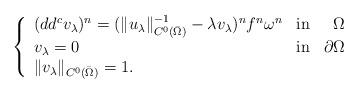
LaTeX: \begin{align*} \left\lbrace \begin{array}{lcr} (dd^c v_\lambda)^n=(\Vert u_{\lambda}\Vert_{C^0(\bar \Omega)}^{-1}-\lambda v_\lambda)^nf^n\omega^n& \textnormal {in} &\Omega\\ v_\lambda =0 & \textnormal{in} & \partial\Omega\\ \Vert v_\lambda \Vert_{C^0(\bar \Omega)} = 1.\end{array}\right.\end{align*}